Calcutta medical institutions reports 1871-78
Year: 1871
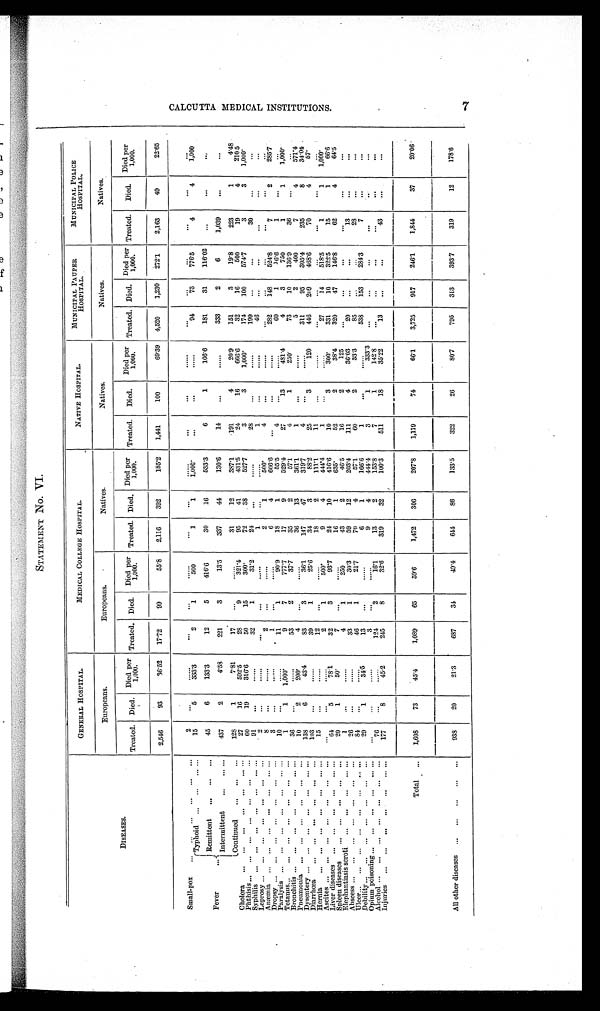
STATEMENT No. VI.
DISEASES.
GENERAL HO S P I T A L .
MEDICAL COLLEGE HOSPITAL.
NATIVE HOSPITAL.
MUNICIPAL PAUPER
HOSPITAL.
MUNICIPAL POLICE
H O S P I T A L .
Europeans.
Europeans.
Natives.
Natives.
Natives.
Natives.
Treated. Died. Died per 1 , 0 0 0 . Treated. Died.
Died per
1,000.
Treated. Died. D i e d p e r 1 , 0 0 0 .
Treated.
Died.
Died per
1,000.
Treated. Died. Died per
1,000.
Treated.
Died.
Died per
1,000.
2,546
93
36.52
17.72
99
55.8
2,116
392
185.2
1,441
100
69.39
4,520
1,230
272.1
2,163
49
2 2 . 6 5
Small-pox
. . .
. . .
. . .
. . .
. . .
. . .
2
. . .
......
...
...
......
...
...
. . .
...
...
......
. . .
. . .
...
. . .
. . .
. . .
Fever ...
Typhoid
...
...
...
...
15
5
3 3 3 . 3
2
1
500
1
1
1,000.
...
...
......
94
73
776.5
4
4
1,000
Remittent
...
...
...
45
6
133.3
12
5
416.6
30
16
533.3
6
1
166.6
181
31
116.02
...
...
. . .
Intermittent
...
... ...
437
2
4.58
221
3
13.5
337
44
130.6
14
...
......
333
2
6
1,039
...
...
Continued
...
...
...
128
1
7.81
17
...
......
31
12
387.1
191
4
2 0 . 9
151
3
19.8
223
1
4.48
Cholera
...
...
...
...
. . .
. . . . . .
27
16 592.5
2 8
9
321.4
9 5
4 1
4 3 1 . 5
2 4
1 6
6 6 6 . 6
3 2
1 6
500
1 9
4
2 1 0 5
Phthisis . . . ...
...
...
...
...
...
60
19
316.6
50
15
300.
7 2
3 8
5 2 7 . 7
3
3
1 , 0 0 0 .
1 7 4
1 0 0
574.7
3
3
1 , 0 0 0 .
Syphilis
. . . ...
...
...
...
... ...
91
...
......
32
1
31.2
2 4
...
......
2 8
...
......
1 9 9
...
...
3 0
...
...
Leprosy . . .
. . .
. . .
. . .
. . .
. . .
. . .
2
. . .
......
. . .
...
......
1
. . .
......
1
. . .
......
4 6
. . .
. . .
. . .
...
. . .
Anæmia
...
...
...
...
...
... ...
8
. . .
......
2
. . .
. . . . . .
2
1
5 0 0 .
4
. . .
......
. . .
. . .
...
...
. . .
. . .
Dropsy ...
...
...
...
...
...
...
3
...
......
1
. . .
......
6
4
6 6 6 . 6
. . .
...
......
2 8 2
1 4 8
5 2 4 . 8
7
2
285.7
Paralysis ...
...
...
...
...
... . . .
10
...
......
11
1
90.9
1 8
1
5 5 . 5
4
. . .
. . . . . .
6 0
1
1 6 . 6
1
...
. . .
Tetanus...
...
...
...
...
...
...
1
1
1, 000.
9
7
777.7
1 7
9
529.4
2 7
1 3
4 8 1 . 4
4
3
750
1
1 1,000
Bronchitis ...
...
...
...
...
... . . .
36
...
......
53
2
37.7
35
2
5 7 . 1
4
1
2 5 0 .
7 3
1 0
1 3 6 . 9
3 6
. . .
. . .
Pneumonia
...
...
...
...
...
...
10
2
200.
4
. . .
......
3 6
1 3
361.1
1
...
......
5
2
400
7
4
5 7 1 . 4
Dysentery ...
...
...
...
...
... . . .
138
6
43.4
83
3
36.1
1 4 7
4 7
3 1 9 . 7
4
. . .
......
3 1 1
9 5
305. 4
2 3 5
8
3 4 . 0 4
Diarrhœa
...
...
...
...
...
...
103
...
......
39
1
25.6
34
3
8 8 . 2
25
3
1 2 0
4 4 6
2 0 9
468.6
7 0
4
57.
Hernia
. . . ...
. . . ...
. . .
. . . . . .
15
...
......
12
...
......
1 8
2
1 1 1 . 1
11
...
.....
...
. . .
...
...
. . .
. . .
Ascites . . .
. . .
. . .
. . .
. . .
. . .
. . .
. . . ...
. . . . . .
2
1
500.
9
4
4 4 4 . 4
1
. . .
......
2 7
14
518. 5
1
1
1 , 0 0 0 .
L i v e r d i s e a s e s ...
...
...
...
... ...
64
5
78.1
32
3
93.7
2 4
1 0
4 1 6 . 6
1 0
3
300.
331
1 0
322. 5
1 5
1
66.6
Spleen diseases
...
...
. . .
. . .
. . .
2 0
1
50.
7
...
.......
16
1
635.
5 2
2
3 8 . 4
3 2 0
4 7
146.8
6 2
4
64.5
Elephantiasis scroti
...
...
...
... ...
1
...
......
4
1
250
4 3
2
4 6 . 5
16
2
1 2 5
...
...
...
. . .
. . .
...
Abscess ...
...
...
...
...
...
...
26
...
......
33
1
30.3
59
1 2
2 0 3 . 4
1 1 1
4
3 6 . 0 3
2 0
...
...
1 3
. . .
...
Ulcer...
...
...
...
...
. . .
. . . . . .
84
. . .
......
46
1
2 1 . 7
7 0
4
5 7 . 1
60
2
3 3 . 3
8 5
. . .
. . .
2 8
...
...
Debility ...
...
...
...
...
...
...
29
1
34.5
1 3
...
......
6
1
1 6 6 . 6
1
...
......
5 3 8
1 5 3
284.3
7
...
...
Opium poisoning ...
...
...
. . . ... ...
...
. . .
......
3
. . .
......
9
4
4 4 4 . 4
3
1
3 3 3 . 3
. . .
. . .
. . .
...
. . . ...
Alcohol ...
...
...
...
...
...
...
76
...
......
124
2
16.1
1 3
2
1 5 3 . 8
7
1
1 4 2 . 8
...
. . .
. . .
. . .
...
. . .
Injuries
...
...
...
...
...
... . . .
177
8
45.2
245
8
32.6
3 1 9
3 2
1 0 0 . 3
5 1 1
1 8
3 5 . 2 2
1 3
...
...
4 3
. . .
...
Total
...
1,608
73
45.4
1,089
65
59.6
1,472
306
207.8
1,119
74
66.1
3,725
917
246.1
1,844
37
20.06
All other diseases
...
...
...
...
... 938
20
21.3
687
34
49.4
644
86
133.5
322
26
80.7
795
313
393.7
319
12
178.6
C A L C U T T A M E D I C A L I N S T I T U T I O N S .
7